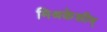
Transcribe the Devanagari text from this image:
मिश्रकेशीम्